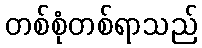
တစ်စုံတစ်ရာသည်